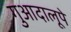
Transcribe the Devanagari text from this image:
गुआदालूपे